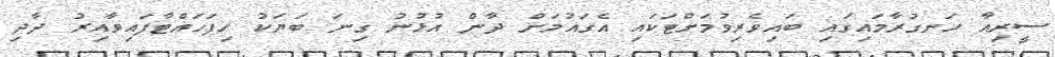
ސީރިއާ ހަނގުރާމައިގައި ބައިވެރިވުމަށްޓަކައި އެގައުމަށް ދާން އުޅުނު ގިނަ ބަޔަކު ހިފަހައްޓާފައިވާއިރު ދާދި